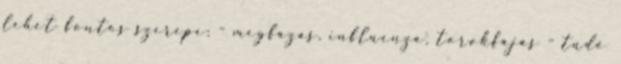
lehet fontos szerepe: - megfázás, influenza, torokfájás - tüdő